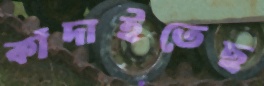
কাঁদাইতেছ